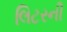
લિટરની